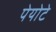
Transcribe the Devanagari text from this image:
पेयोटे